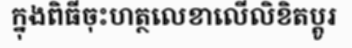
ក្នុងពិធីចុះហត្ថលេខាលើលិខិតប្តូរ